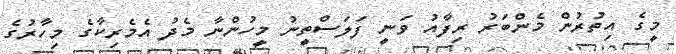
މީގެ އިތުރުން މެންބަރު ރިފާއު ވަނީ ފަލަސްތީނު މީހުންނާ މެދު އެމެރިކާގެ މިހާރުގެ